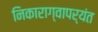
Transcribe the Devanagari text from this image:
निकाराग्वापर्यंत